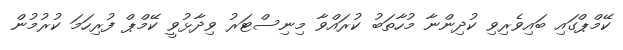
ކޭމްޕްގައި ބައިވެރިވި ކުދިންނާ މުހާތަބު ކުރައްވާ މިނިސްޓަރު ވިދާޅުވީ ކޭމްޕް ފުރިހަމަ ކުރުމުން